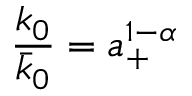
\frac { k _ { 0 } } { \bar { k } _ { 0 } } = a _ { + } ^ { 1 - \alpha }